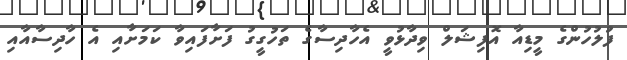
ފުލުހުންގެ މީޑިއާ އޮފިޝަލް ވިދާޅުވީ އެހާދިސާގެ ތަހުގީގު ފަށާފައިވާ ކަމަށާއި އެ ހާދިސާއާއި